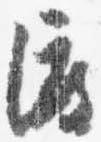
渡